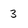
Character: 3